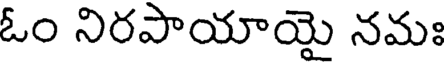
ఓం నిరపాయాయై నమః